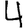
Digit: 4